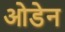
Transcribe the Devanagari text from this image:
ओडेन